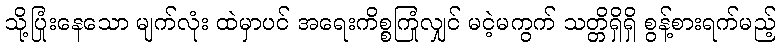
သို့ပြုံးနေသော မျက်လုံး ထဲမှာပင် အရေးကိစ္စကြုံလျှင် မငဲ့မကွက် သတ္တိရှိရှိ စွန့်စားရက်မည့်